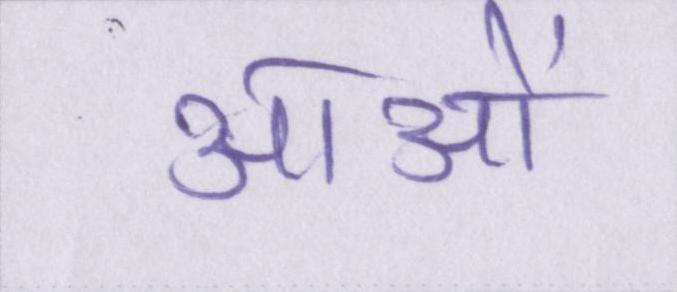
आओं